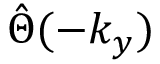
\hat { \Theta } ( - k _ { y } )